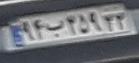
۹۴ب۲۵۹۳۳